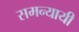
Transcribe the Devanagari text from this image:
समन्यायी